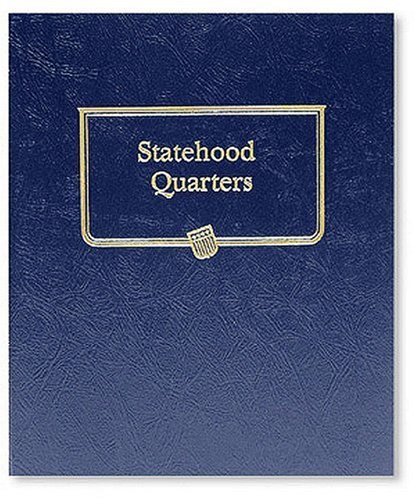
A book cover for Statehood Quarter Album (Official Whitman Coin Folder); Whitman Publishing; Crafts, Hobbies & Home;